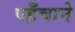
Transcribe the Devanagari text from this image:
पहँचाने